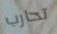
تحارب